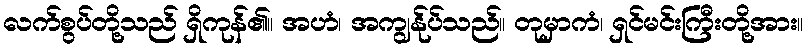
လက်စွပ်တို့သည် ရှိကုန်၏။ အဟံ၊ အကျွန်ုပ်သည်။ တုမှာကံ၊ ရှင်မင်းကြီးတို့အား။